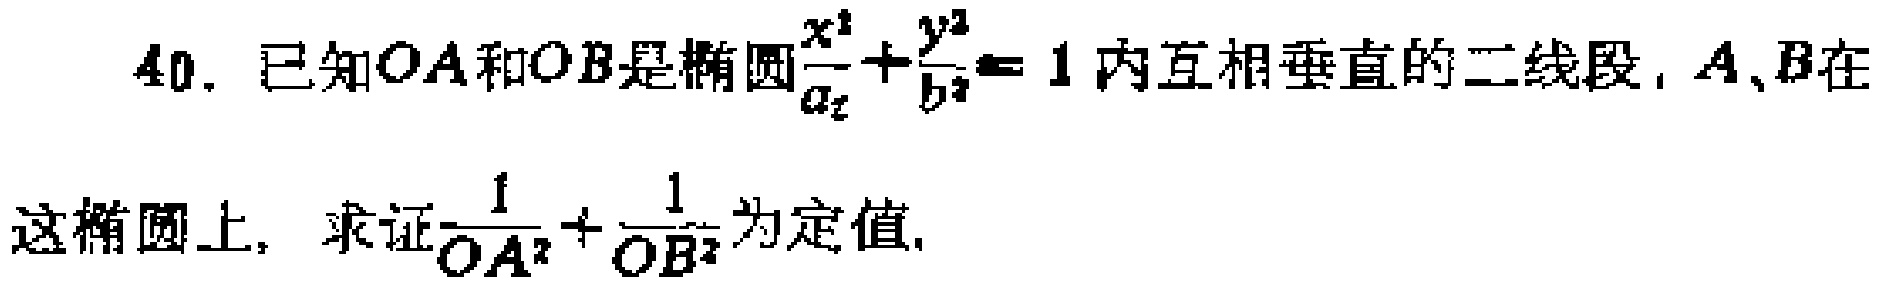
40. 已知$OA$和$OB$是椭圆$\frac{x^{2}}{a^{2}}+\frac{y^{2}}{b^{2}} = 1$内互相垂直的二线段，$A$、$B$在这椭圆上，求证$\frac{1}{OA^{2}}+\frac{1}{OB^{2}}$为定值.